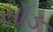
સૉઙ